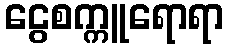
ငွေစက္ကူရောရာ